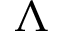
\Lambda